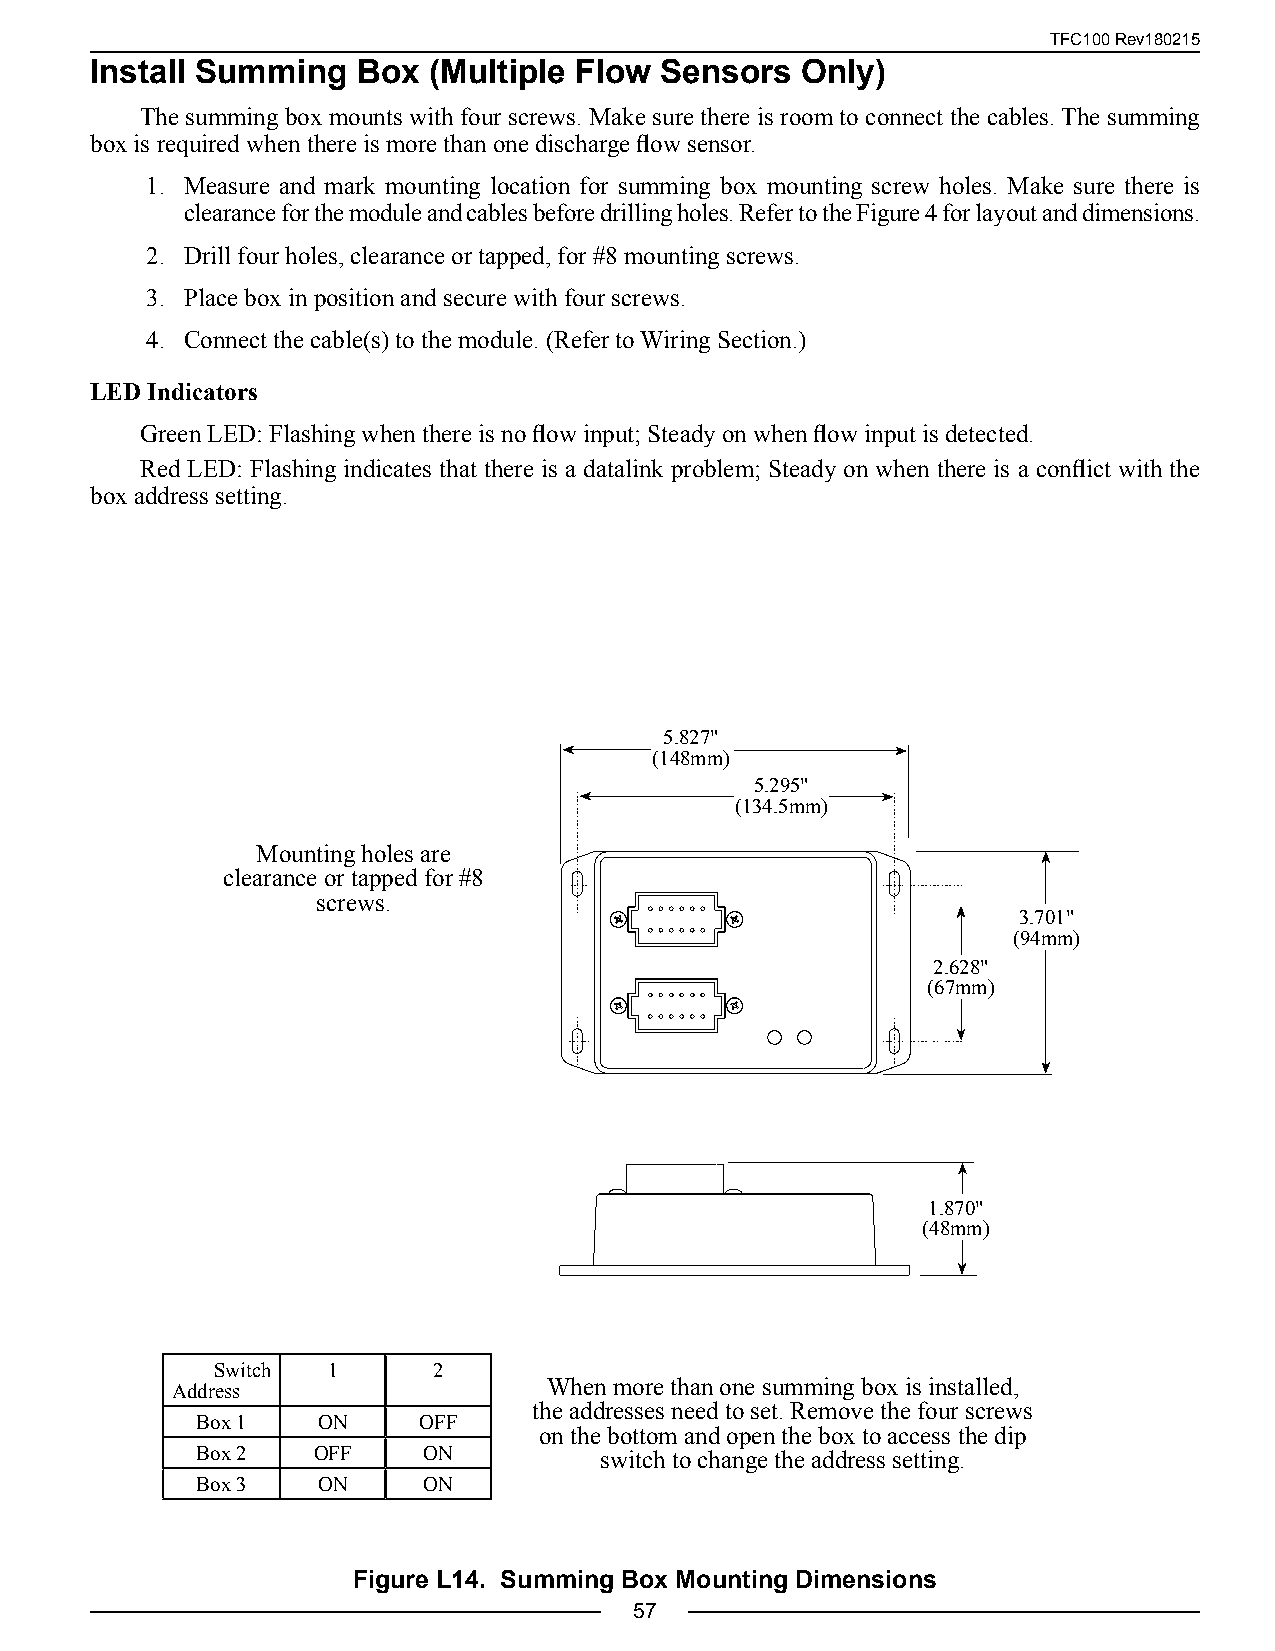
TFC100 Rev180215
 Install Summing   Box (Multiple Flow  Sensors  Only)
 The summing box mounts with four screws. Make sure there is room to connect the cables. The summing
 box is required when there is more than one discharge flow sensor.
 1. Measure and mark mounting location for summing box mounting screw holes. Make sure there is
 clearance for the module and cables before drilling holes. Refer to the Figure 4 for layout and dimensions.
 2. Drill four holes, clearance or tapped, for #8 mounting screws.
 3. Place box in position and secure with four screws.
 4. Connect the cable(s) to the module. (Refer to Wiring Section.)
 LED Indicators
 Green LED: Flashing when there is no flow input; Steady on when flow input is detected.
 Red LED: Flashing indicates that there is a datalink problem; Steady on when there is a conflict with the
 box address setting.
 5.827"
 (148mm)
 5.295"
 (134.5mm)
 Mounting holes are
 clearance or tapped for #8
 screws.
 3.701"
 (94mm)
 2.628"
 (67mm)
 1.870"
 (48mm)
 Switch  1      2
 Address                  When more than one summing box is installed,
 the addresses need to set. Remove the four screws
 Box 1   ON     OFF
 on the bottom and open the box to access the dip
 Box 2   OFF    ON          switch to change the address setting.
 Box 3   ON     ON
 Figure L14. Summing Box Mounting Dimensions
 57